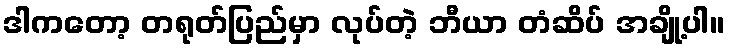
ဒါကတော့ တရုတ်ပြည်မှာ လုပ်တဲ့ ဘီယာ တံဆိပ် အချို့ပါ။